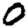
Digit: 0